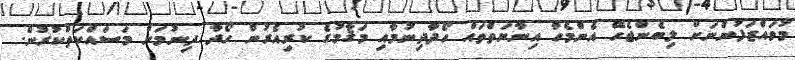
މުވައްޒަފުންނަށް ލިބެންޖެހޭ އެންމެހާ އިނާޔަތްތައް ހޯދާދިނުމާއި މަޤާމުގެ ކުރިއެރުން ހޯދާ ދިނުމަށް މަސައްކަތްކުރުން.